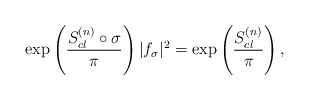
\begin{align*}\exp \left({ S^{(n)}_{cl}\circ \sigma \over \pi}\right)|f_\sigma|^2=\exp \left({ S^{(n)}_{cl}\over\pi}\right),\end{align*}